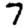
Digit: 7